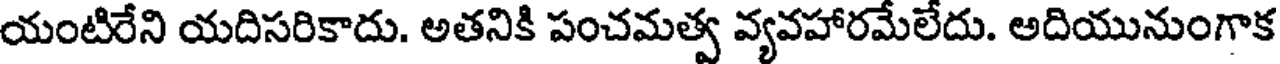
యంటిరేని యదిసరికాదు. అతనికి పంచమత్వ వ్యవహారమేలేదు. అదియునుంగాక